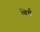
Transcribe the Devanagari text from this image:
घिर्थ